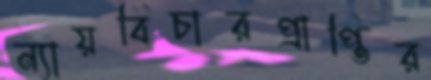
ন্যায়বিচারপ্রাপ্তির